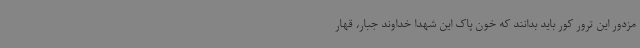
مزدور این ترور کور باید بدانند که خون پاک این شهدا خداوند جبار، قهار